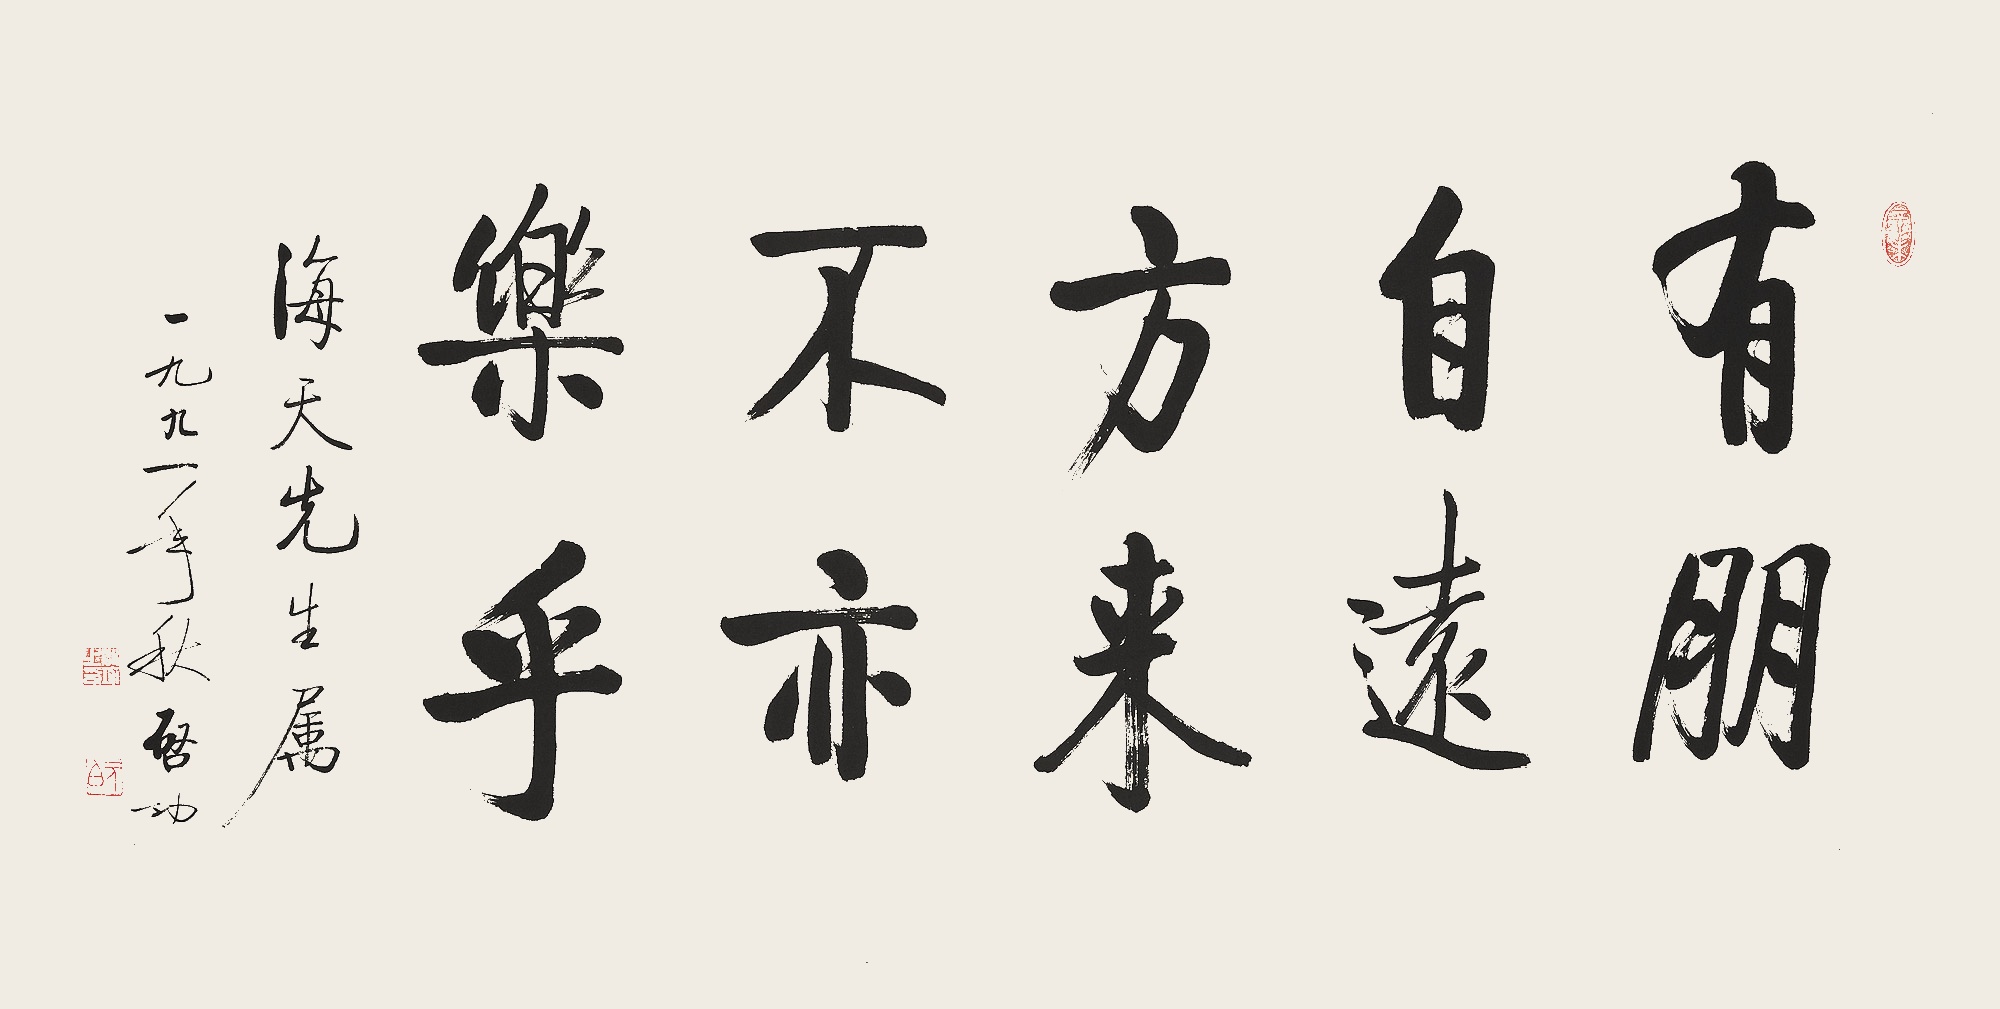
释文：有朋自远方来不亦乐乎。海天先生属。一九九一年秋，启功。